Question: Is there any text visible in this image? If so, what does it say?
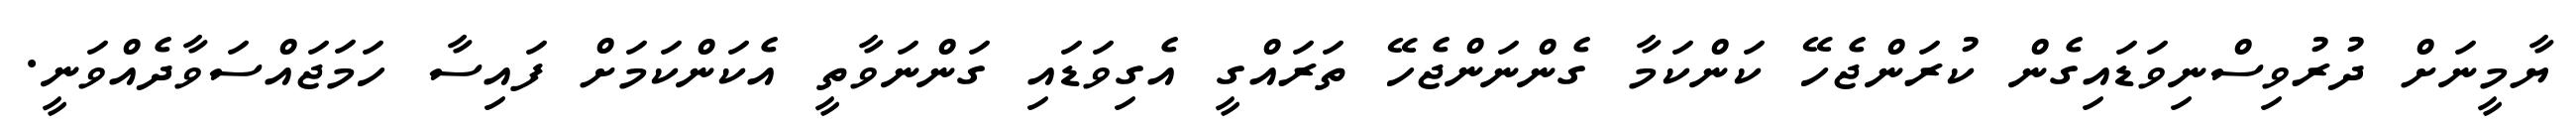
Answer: ޔާމީނަށް ދުރުވިސްނިވަޑައިގެން ކުރަންޖެހޭ ކަންކަމާ ގެންނަންޖެހޭ ތަރައްގީ އެގިވަޑައި ގަންނަވާތީ އެކަންކަމަށް ފައިސާ ހަމަޖައްސަވާދެއްވަނީ.